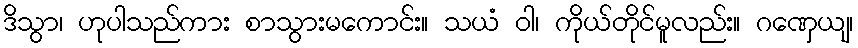
ဒိသွာ၊ ဟုပါသည်ကား စာသွားမကောင်း။ သယံ ဝါ၊ ကိုယ်တိုင်မူလည်း။ ဂဏှေယျ၊